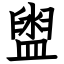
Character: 盥